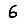
Digit: 6